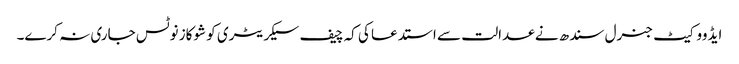
ایڈووکیٹ جنرل سندھ نے عدالت سے استدعا کی کہ چیف سیکریٹری کو شوکاز نوٹس جاری نہ کرے۔